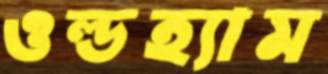
ওল্ডহ্যাম